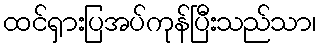
ထင်ရှားပြအပ်ကုန်ပြီးသည်သာ၊